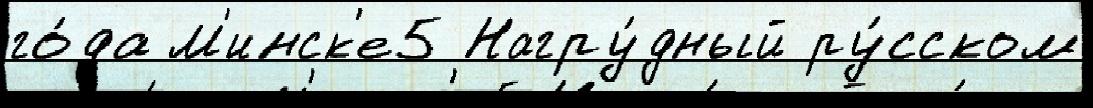
го́да М'инск'е5 Нагру́дный ру́сском